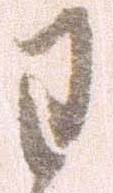
わ